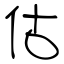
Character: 估